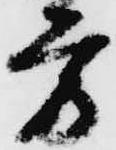
方